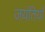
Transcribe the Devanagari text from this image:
जयंतियाँ